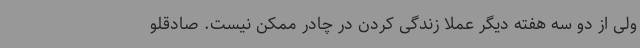
ولی از دو سه هفته دیگر عملاً زندگی کردن در چادر ممکن نیست. صادقلو